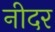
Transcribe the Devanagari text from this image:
नीदर